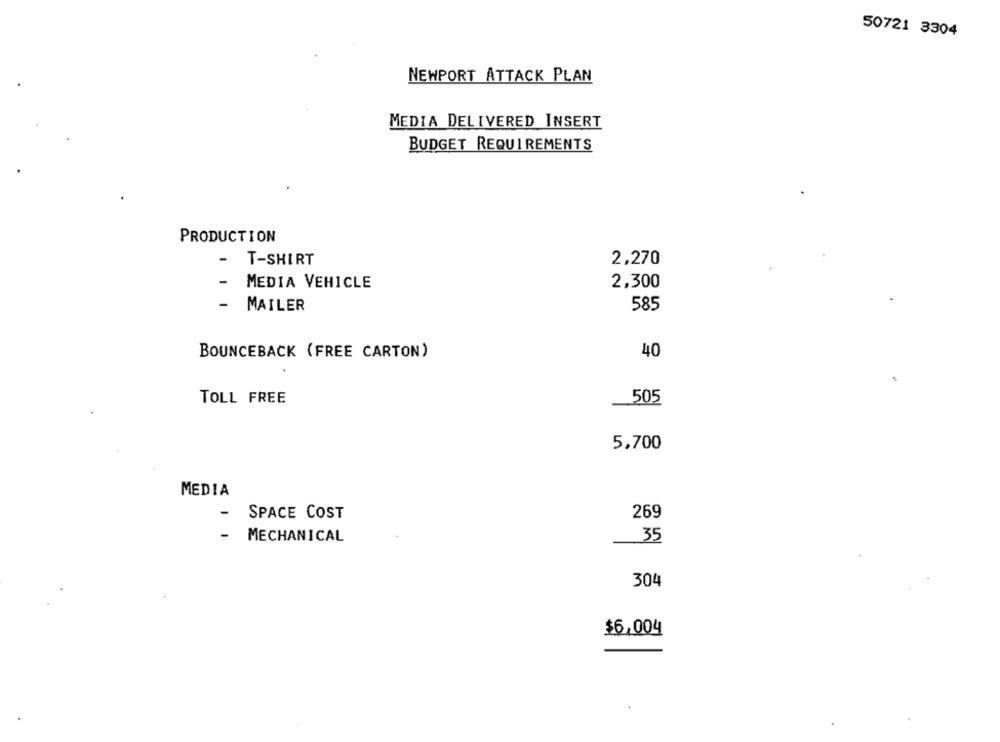
50721 3304
NEWPORT ATTACK PLAN
MEDIA DELIVERED INSERT
BUDGET REQUIREMENTS
PRODUCTION
-
T-SHIRT
2,270
-
MEDIA VEHICLE
2,300
-
MAILER
585
BOUNCEBACK (FREE CARTON)
40
TOLL FREE
_505
5,700
MEDIA
-
SPACE COST
269
-
MECHANICAL
35
304
$6,004